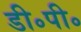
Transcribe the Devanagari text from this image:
डी॰पी॰